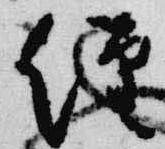
経